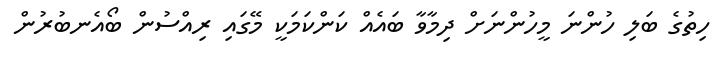
ހިތުގެ ބަލި ހުންނަ މީހުންނަށް ދިމާވާ ބައެއް ކަންކަމަކީ މޭގައި ރިއްސުން ބޯއެނބުރުން